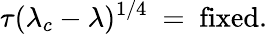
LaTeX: \tau(\lambda_{c}-\lambda)^{1/4}\ =\ \mathrm{fixed}.